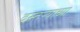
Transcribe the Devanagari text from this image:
वस्तऱ्याच्या